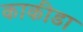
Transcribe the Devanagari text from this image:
काकीडा